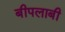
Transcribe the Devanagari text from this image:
बीपलाबी